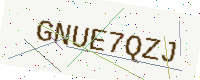
Text: GNUE7QZJ